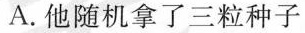
A.他随机拿了三粒种子